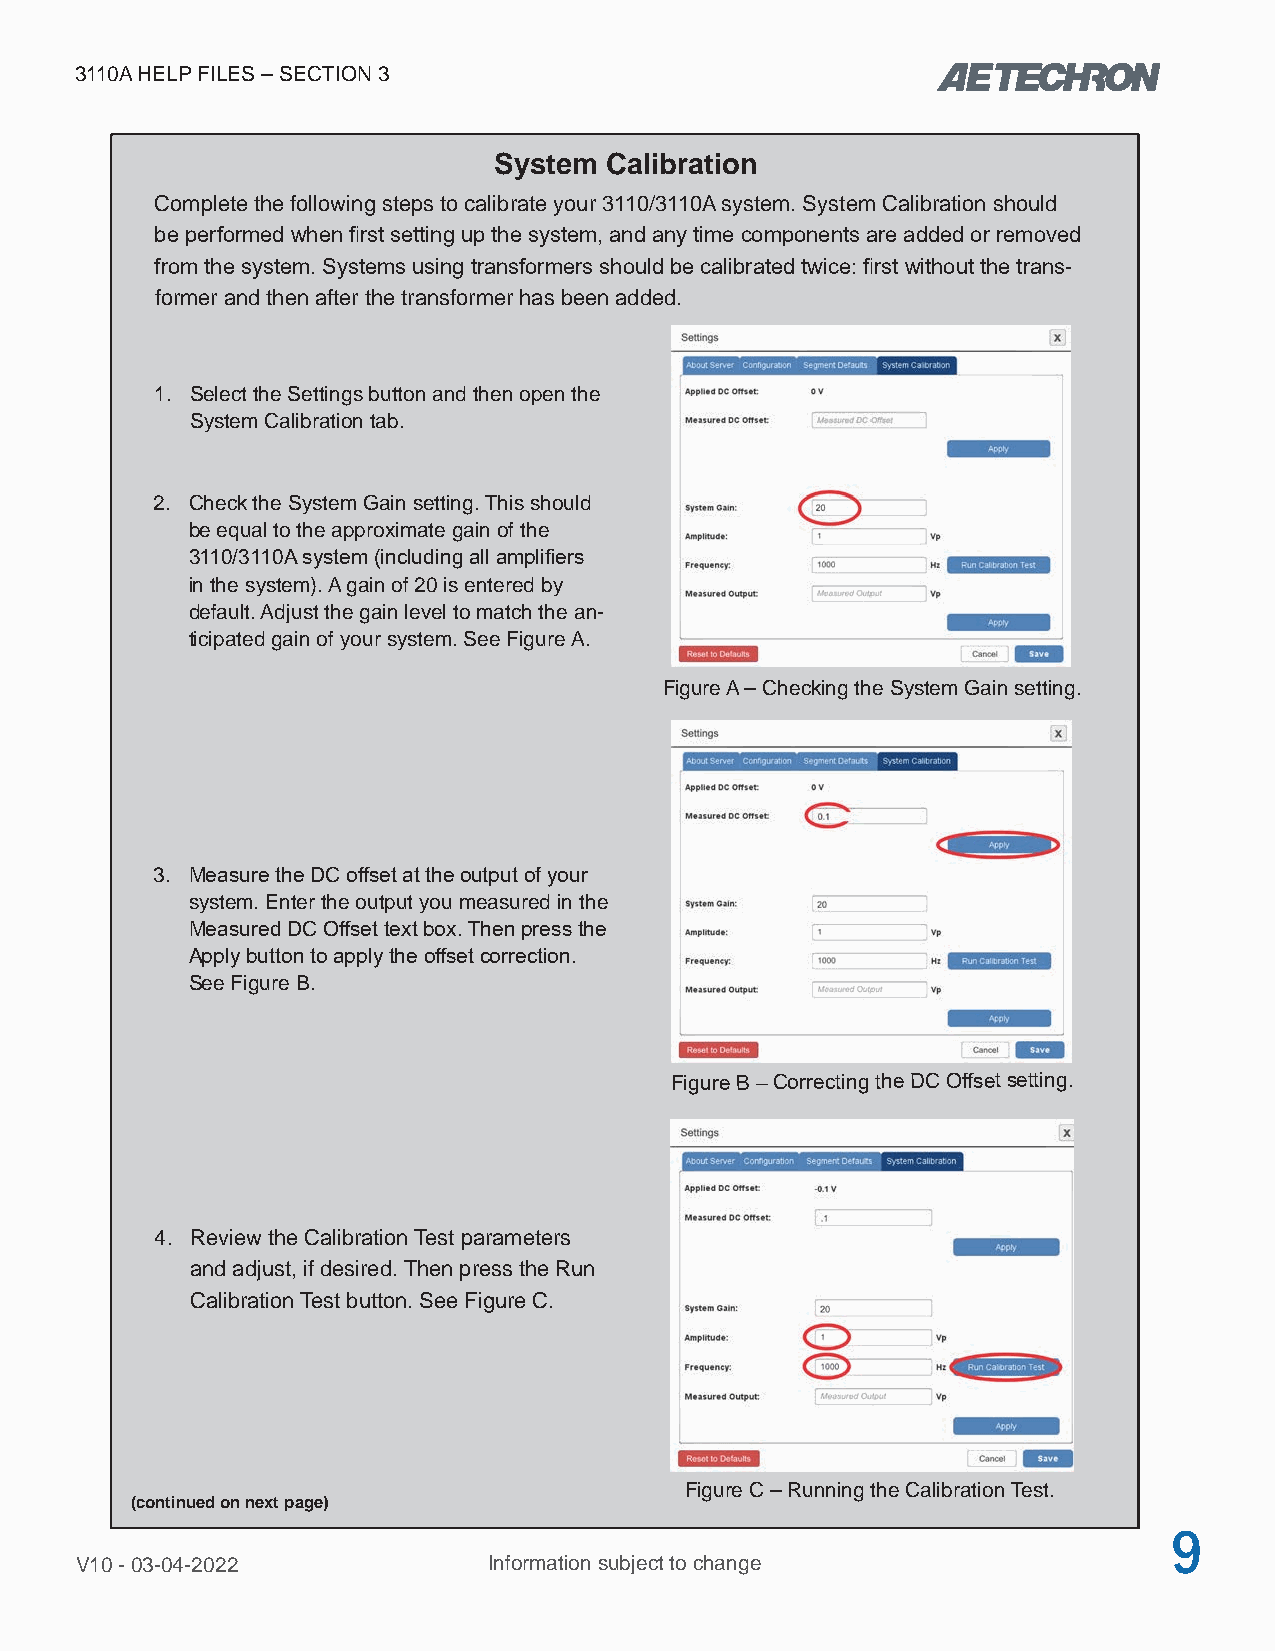
3110A HELP FILES – SECTION 3
 System Calibration
 Complete the following steps to calibrate your 3110/3110A system. System Calibration should
 be performed when first setting up the system, and any time components are added or removed
 from the system. Systems using transformers should be calibrated twice: first without the trans-
 former and then after the transformer has been added.
 1. Select the Settings button and then open the
 System Calibration tab.
 2. Check the System Gain setting. This should
 be equal to the approximate gain of the
 3110/3110A system (including all amplifiers
 in the system). A gain of 20 is entered by
 default. Adjust the gain level to match the an-
 ticipated gain of your system. See Figure A.
 Figure A – Checking the System Gain setting.
 3. Measure the DC offset at the output of your
 system. Enter the output you measured in the
 Measured DC Offset text box. Then press the
 Apply button to apply the offset correction.
 See Figure B.
 Figure B – Correcting the DC Offset setting.
 4. Review the Calibration Test parameters
 and adjust, if desired. Then press the Run
 Calibration Test button. See Figure C.
 Figure C – Running the Calibration Test.
 (continued on next page)
 9
 V10 - 03-04-2022           Information subject to change